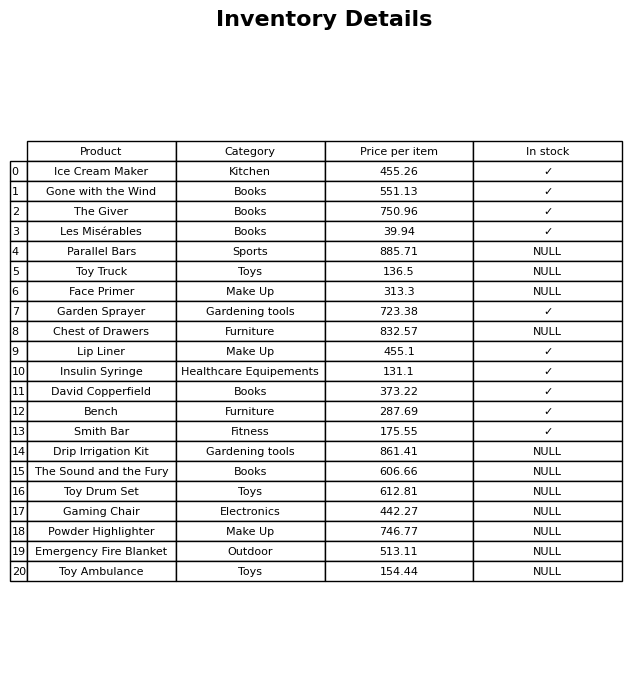
question: What is the price for Lip Liner?
answer: The price of Lip Liner is 455.1.